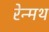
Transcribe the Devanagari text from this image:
रेन्मथ